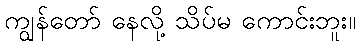
ကျွန်တော် နေလို့ သိပ်မ ကောင်းဘူး။